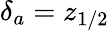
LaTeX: \delta_{a}=z_{1/2}